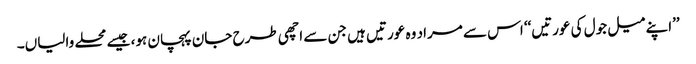
’’اپنے میل جول کی عورتیں‘‘ اس سے مراد وہ عورتیں ہیں جن سے اچھی طرح جان پہچان ہو، جیسے محلے والیاں۔